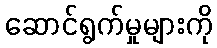
ဆောင်ရွက်မှုများကို